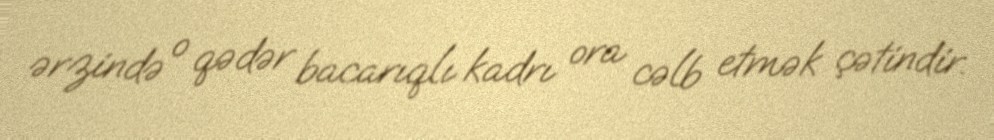
ərzində o qədər bacarıqlı kadrı ora cəlb etmək çətindir.